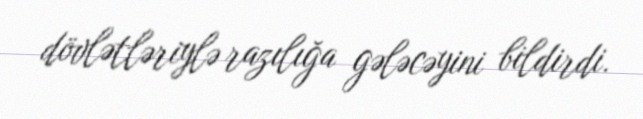
dövlətləriylə razılığa gələcəyini bildirdi.